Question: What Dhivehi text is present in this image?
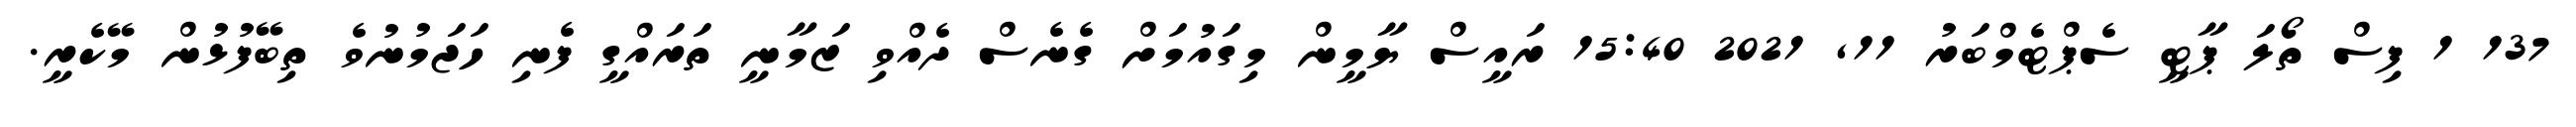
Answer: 137 1 ފިސް ތޯލަ ޕާޓީ ސެޕްޓެމްބަރު 11, 2021 15:40 ރައީސް ޔާމީން މިގައުމަށް ގެނެސް ދެއްވި ޒަމާނީ ތަރައްގީ ފެނި ހަޖަމުނުވެ ތިބޭފުޅުން މޭކެރީ.